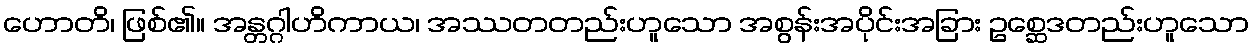
ဟောတိ၊ ဖြစ်၏။ အန္တဂ္ဂါဟိကာယ၊ အဿတတည်းဟူသော အစွန်းအပိုင်းအခြား ဥစ္ဆေဒတည်းဟူသော